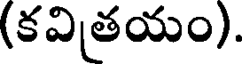
(కవితయం).